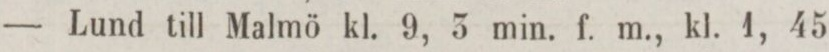
— Lund till Malmö kl. 9, 3 min. f. m., kl. 4, 45